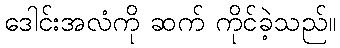
ဒေါင်းအလံကို ဆက် ကိုင်ခဲ့သည်။